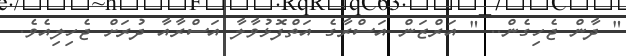
" ދާން ޖެހިގެން.. " އަރްޒަން އަސްރާގެ އަތްފޮޅުވާލާ އަސްރާއާ ދުރަށް ޖެހިލިއެވެ.